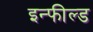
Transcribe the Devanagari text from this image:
इन्फील्ड